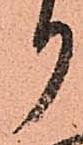
り